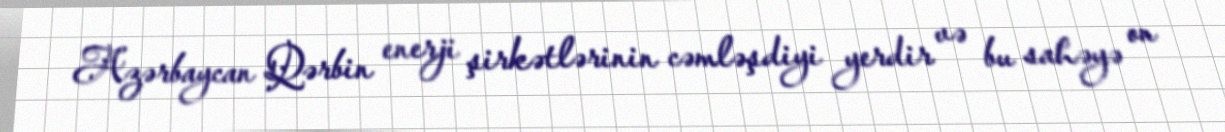
Azərbaycan Qərbin enerji şirkətlərinin cəmləşdiyi yerdir və bu sahəyə on